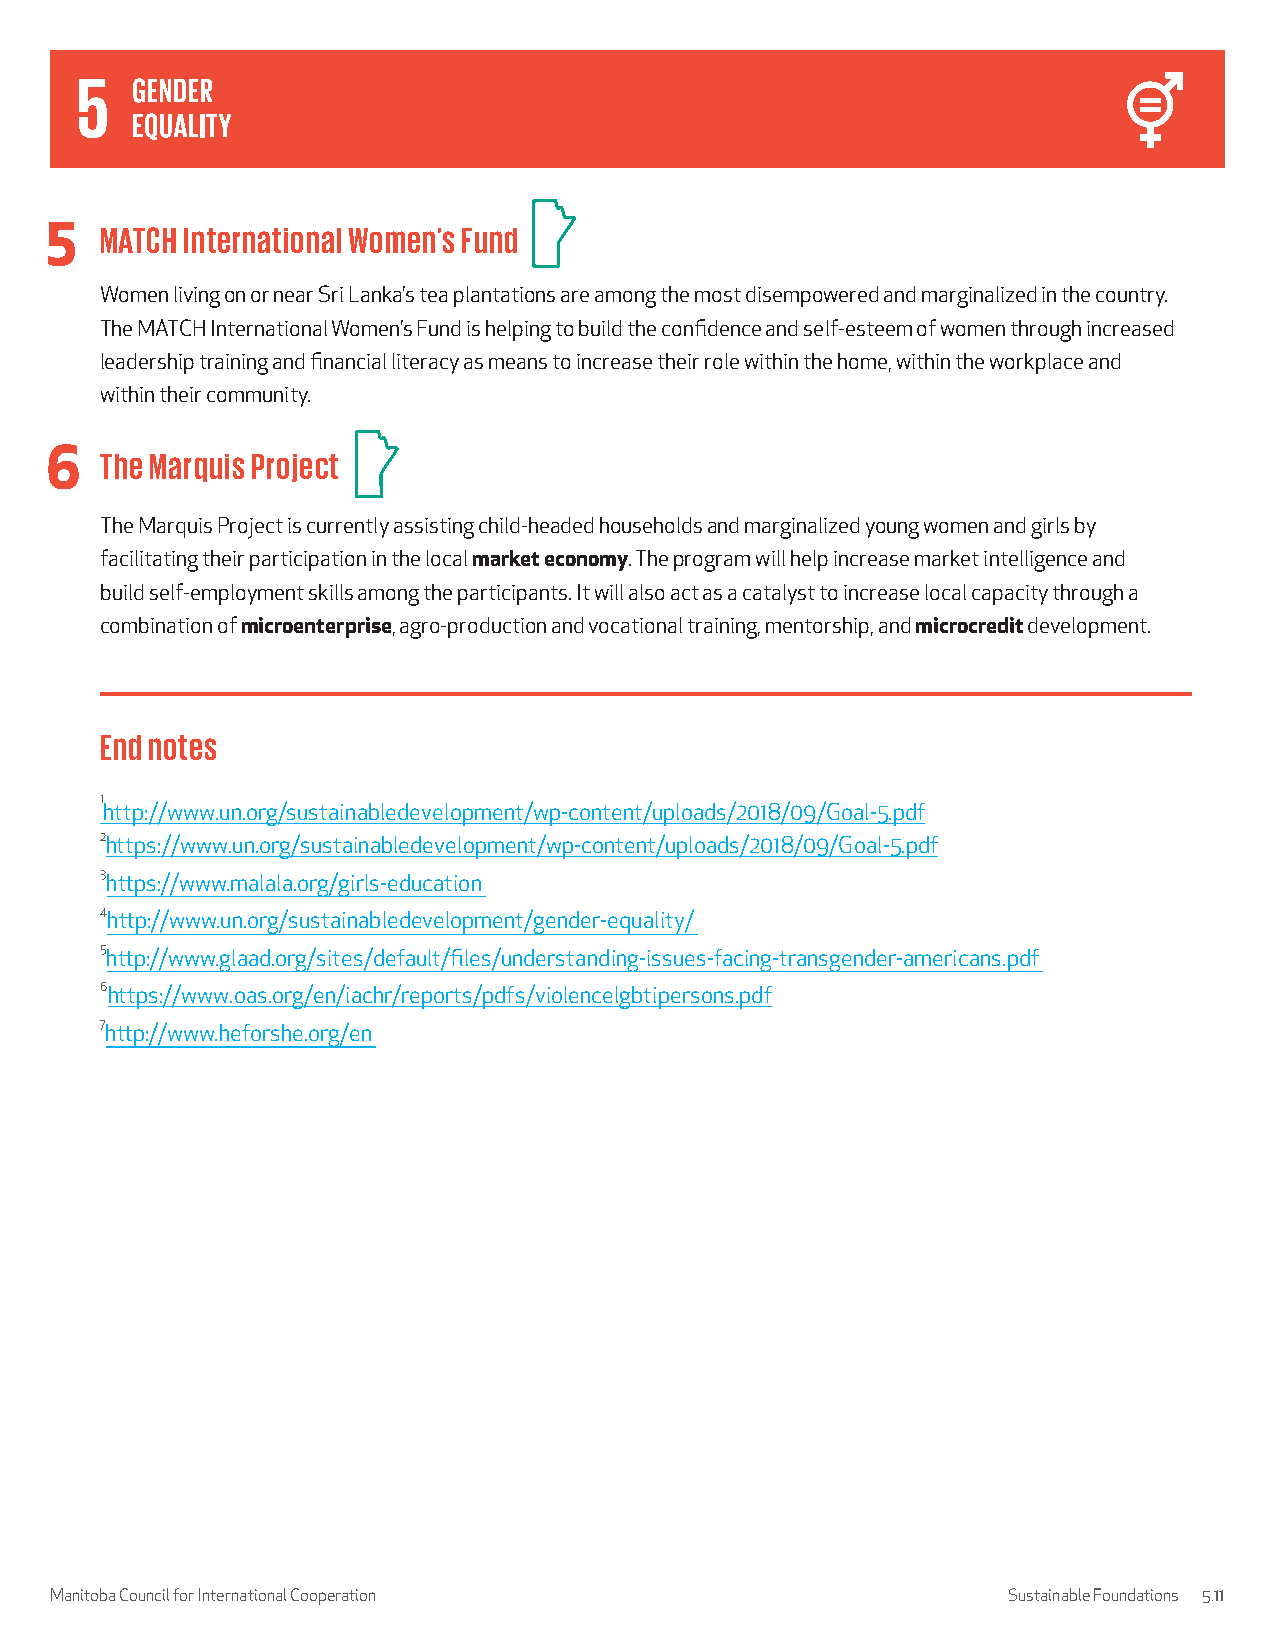
5   MATCH International Women’s Fund
 Women living on or near Sri Lanka’s tea plantations are among the most disempowered and marginalized in the country.
 The MATCH International Women’s Fund is helping to build the confidence and self-esteem of women through increased
 leadership training and financial literacy as means to increase their role within the home, within the workplace and
 within their community.
 6   The Marquis Project
 The Marquis Project is currently assisting child-headed households and marginalized young women and girls by
 facilitating their participation in the local market economy. The program will help increase market intelligence and
 build self-employment skills among the participants. It will also act as a catalyst to increase local capacity through a
 combination of microenterprise, agro-production and vocational training, mentorship, and microcredit development.
 End notes
 1
 http://www.un.org/sustainabledevelopment/wp-content/uploads/2018/09/Goal-5.pdf
 2https://www.un.org/sustainabledevelopment/wp-content/uploads/2018/09/Goal-5.pdf
 3https://www.malala.org/girls-education
 4http://www.un.org/sustainabledevelopment/gender-equality/
 5http://www.glaad.org/sites/default/files/understanding-issues-facing-transgender-americans.pdf
 6https://www.oas.org/en/iachr/reports/pdfs/violencelgbtipersons.pdf
 7http://www.heforshe.org/en
 Manitoba Council for International Cooperation                  Sustainable Foundations 5.11